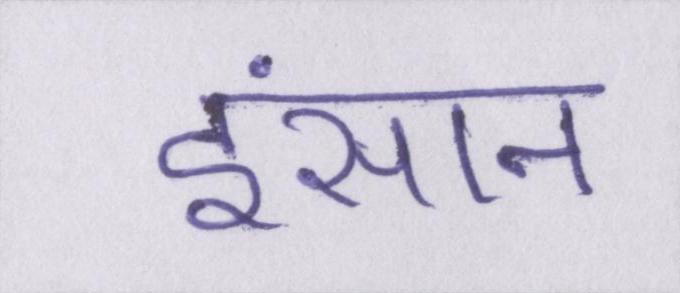
इंसान